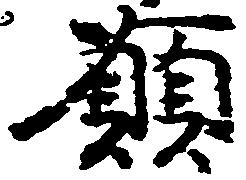
領